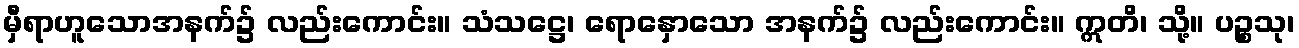
မှီရာဟူသောအနက်၌ လည်းကောင်း။ သံသဋ္ဌေ၊ ရောနှောသော အနက်၌ လည်းကောင်း။ ဣတိ၊ သို့။ ပဉ္စသု၊